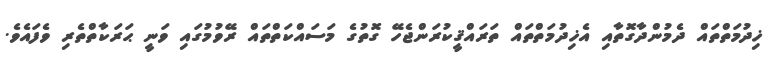
ޚިދުމަތްތައް ދެމުންދާގޮތާއި އެޚިދުމަތްތައް ތަރައްޤީކުރަންޖެހޭ ގޮތުގެ މަސައްކަތްތައް ރޭވުމުގައި ވަނީ ޙަރަކާތްތެރި ވެފައެވެ.